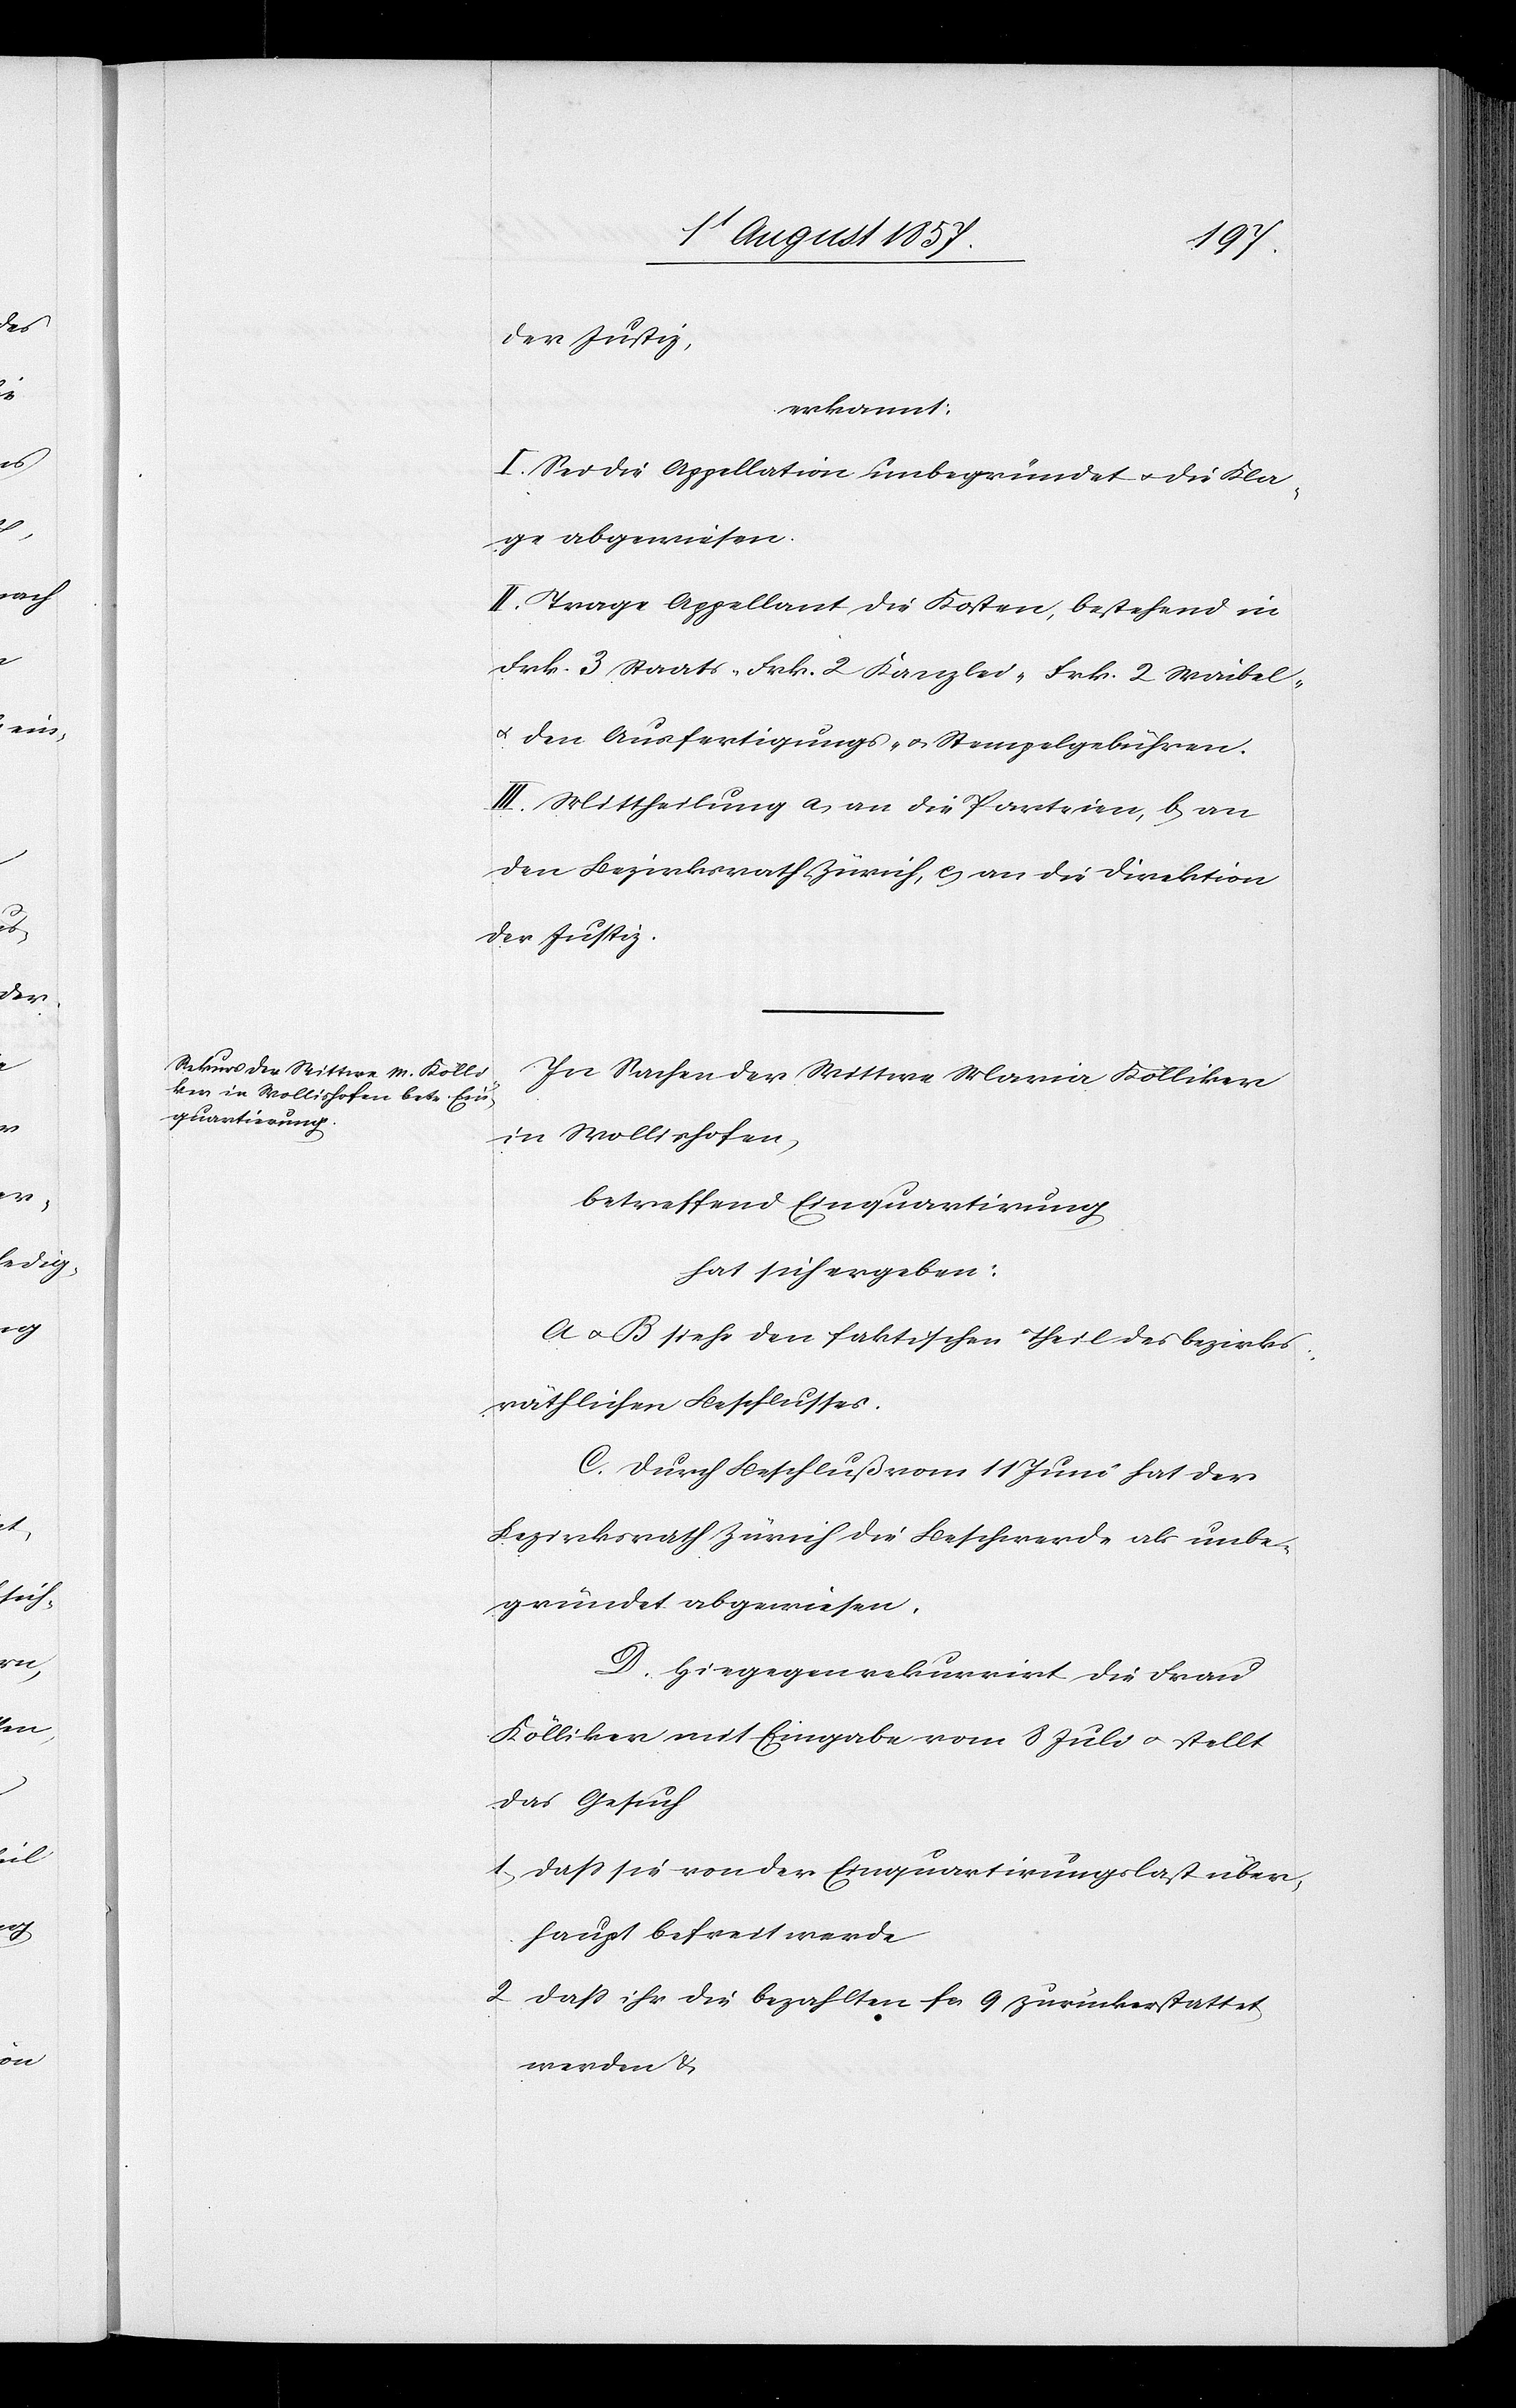
der Justiz,
erkannt:
I. Sei die Appellation unbegründet & die Kla¬
ge abgewiesen.
II. Trage Appellant die Kosten, bestehend in
Frk. 3 Staats- Frk. 2 Kanzlei- Frk. 2 Waibel-
& den Ausfertigungs- & Stempelgebühren.
III. Mittheilung a, an die Parteien, b, an
den Bezirksrath Zürich, c, an die Direktion
der Justiz.
In Sachen der Wittwe Maria Kölliker
in Wollishofen,
betreffend Einquartirung
hat sich ergeben:
A & B siehe den faktischen Theil des bezirks¬
räthlichen Beschlusses.
C. Durch Beschluß vom 11 Juni hat der
Bezirksrath Zürich die Beschwerde als unbe¬
gründet abgewiesen.
D. Hiegegen rekurrirt die Frau
Kölliker mit Eingabe vom 8 Juli & stellt
das Gesuch
1) daß sie von der Einquartirungslast über¬
haupt befreit werde,
2) daß ihr die bezahlten fcs 9 zurückerstattet
werden &